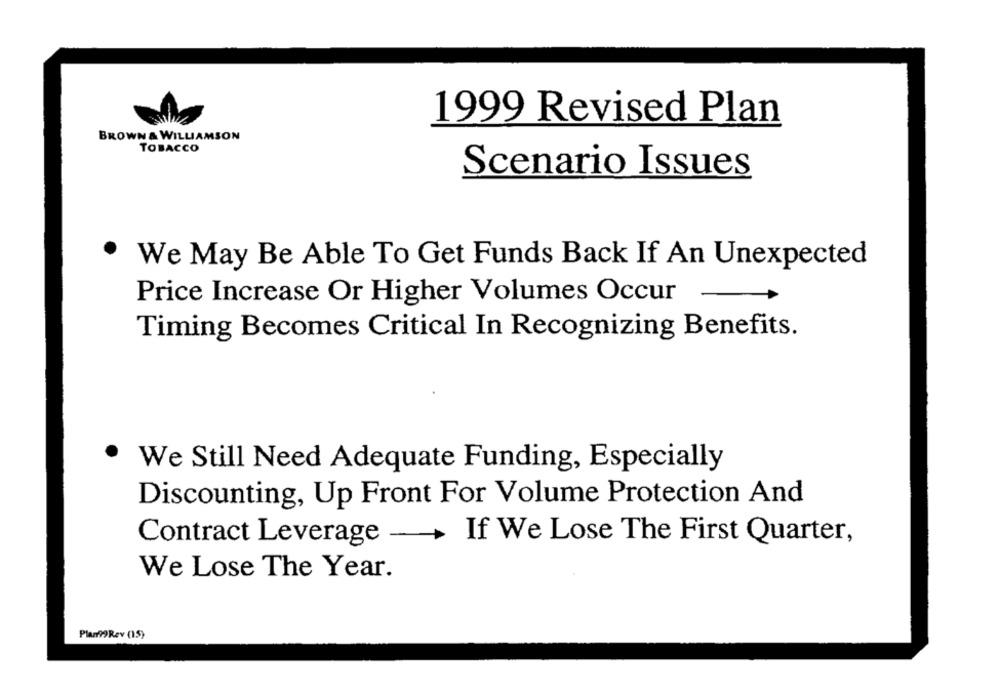
1999 Revised Plan
BROWN & WILLIAMSON
TOBACCO
Scenario Issues
·
We May Be Able To Get Funds Back If An Unexpected
Price Increase Or Higher Volumes Occur
Timing Becomes Critical In Recognizing Benefits.
· We Still Need Adequate Funding, Especially
Discounting, Up Front For Volume Protection And
Contract Leverage - If We Lose The First Quarter,
We Lose The Year.
Plan ?? Rev (15)